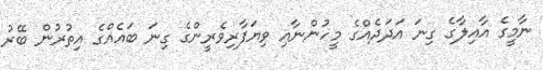
ނާމީގެ އާއިލާގެ ގިނަ އަދަދެއްގެ މީހުންނާއި ވިޔަފާރިވެރީންގެ ގިނަ ބައެއްގެ އިތުރުން ބޭރު